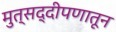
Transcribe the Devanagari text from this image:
मुत्सद्दीपणातून